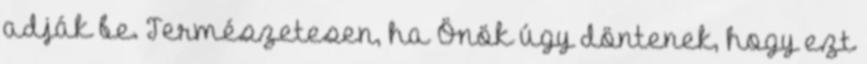
adják be. Természetesen, ha Önök úgy döntenek, hogy ezt